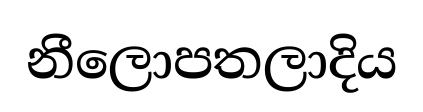
නීලොපතලාදිය